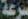
سرعة